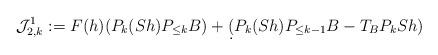
LaTeX: \begin{align*} \mathcal{J}_{2,k}^1: = F(h)(P_k(S h) P_{\leq k} B) + \d( P_{k}(S h)P_{\leq k-1} B - T_{B} P_{k} S h) \end{align*}